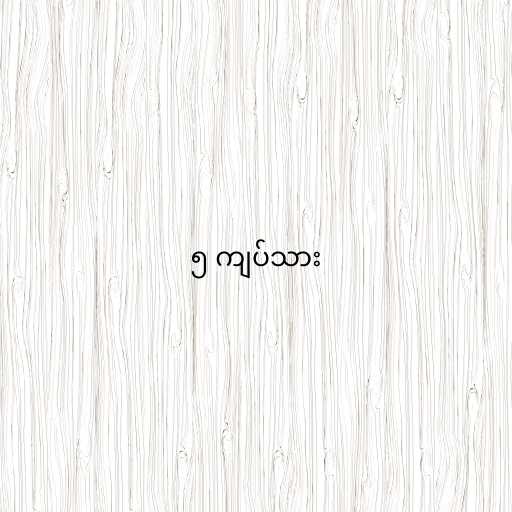
၅ ကျပ်သား